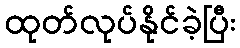
ထုတ်လုပ်နိုင်ခဲ့ပြီး